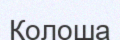
Колоша